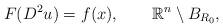
LaTeX: \begin{align*} F(D^2u)=f(x),\quad\quad\mathbb{R}^n\setminus B_{R_0}, \end{align*}